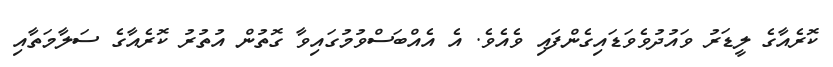
ކޮރެއާގެ ލީޑަރު ވައުދުވެވަޑައިގެންފައި ވެއެވެ. އެ އެއްބަސްވުމުގައިވާ ގޮތުން އުތުރު ކޮރެއާގެ ސަލާމަތާއި